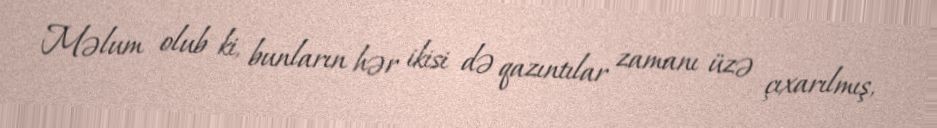
Məlum olub ki, bunların hər ikisi də qazıntılar zamanı üzə çıxarılmış,